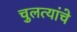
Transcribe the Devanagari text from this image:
चुलत्यांचे